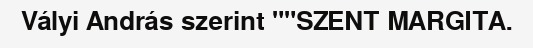
Vályi András szerint ""SZENT MARGITA.